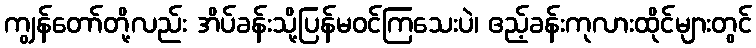
ကျွန်တော်တို့လည်း အိပ်ခန်းသို့ပြန်မဝင်ကြသေးပဲ၊ ဧည့်ခန်းကုလားထိုင်များတွင်